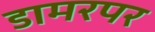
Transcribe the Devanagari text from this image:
डामरपर